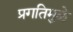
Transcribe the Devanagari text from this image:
प्रगतिमुळे